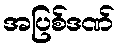
အပြစ်ဒဏ်